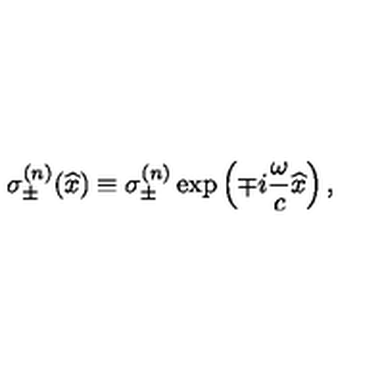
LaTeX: \sigma _ { \pm } ^ { ( n ) } ( \widehat { x } ) \equiv \sigma _ { \pm } ^ { ( n ) } \exp \left( \mp i \frac { \omega } { c } \widehat { x } \right) , \nonumber